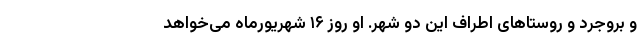
و بروجرد و روستاهای اطراف این دو شهر. او روز ۱۶ شهریورماه می‌خواهد